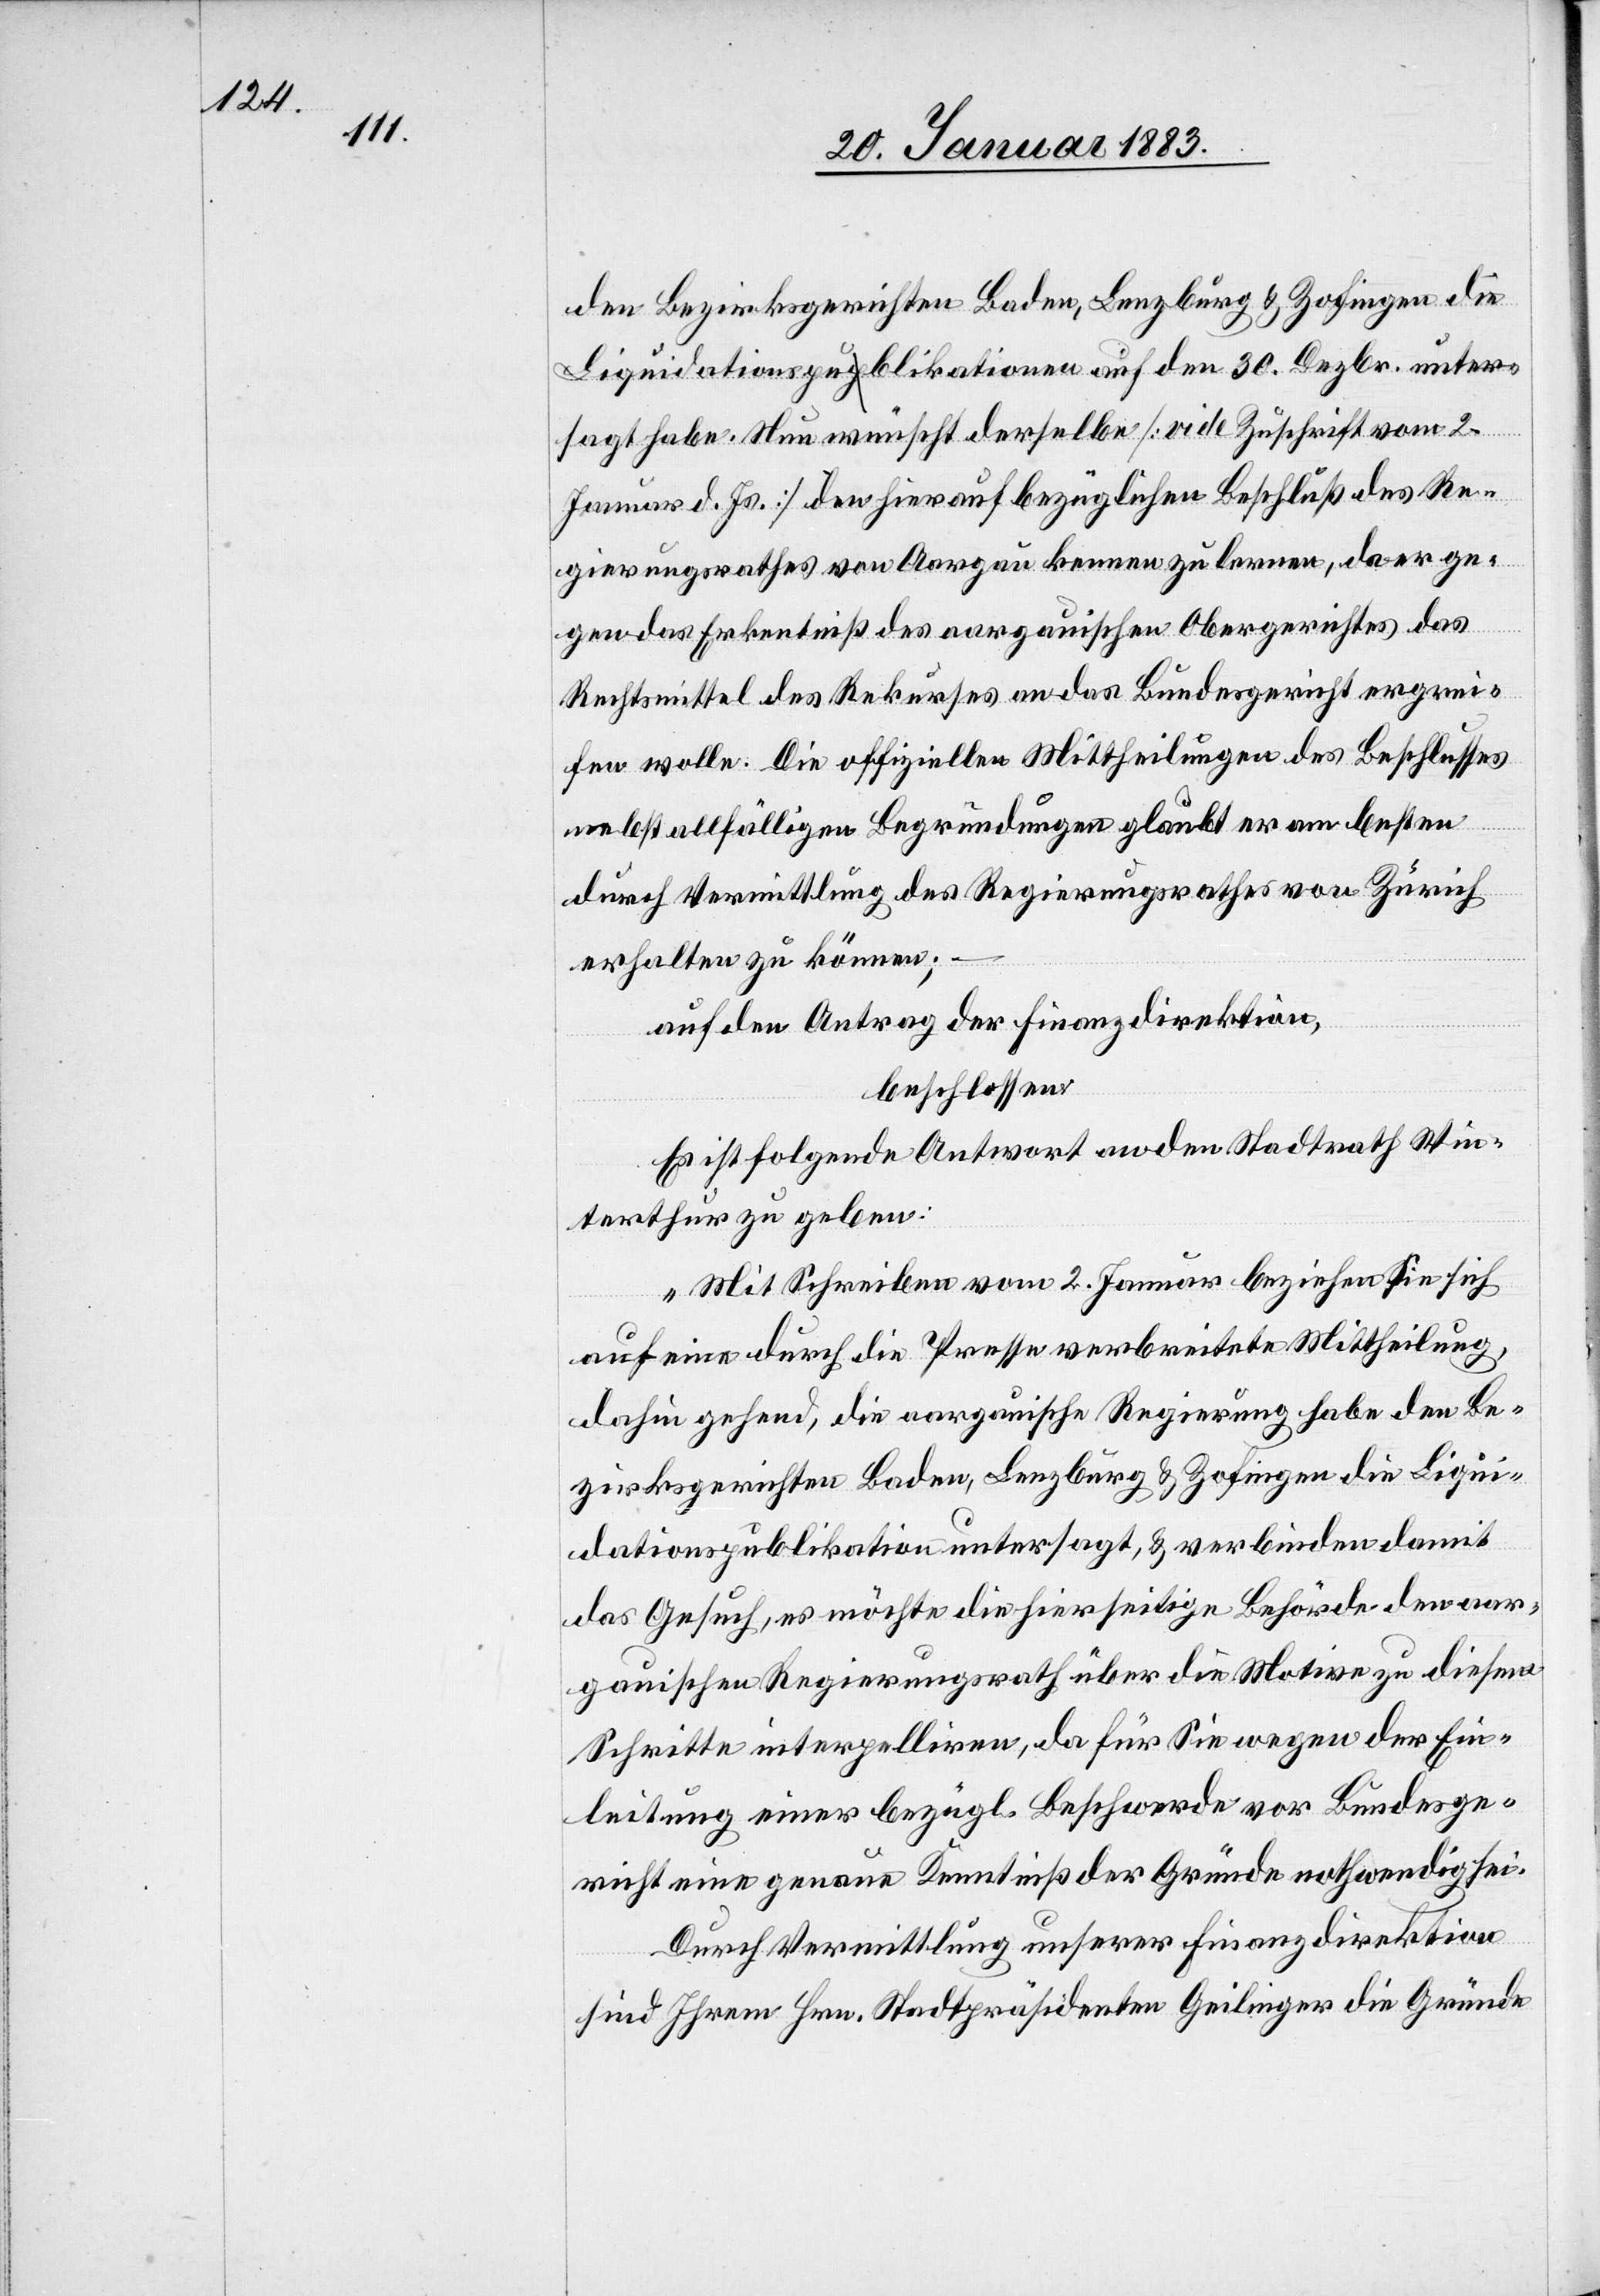
den Bezirksgerichten Baden, Lenzburg & Zofingen die
Liquidationspublikationen auf den 30. Dezbr. unter¬
sagt habe. Nun wünscht derselbe [vide Zuschrift vom 2.
Januar d. Js.] den hierauf bezüglichen Beschluß des Re¬
gierungsrathes von Aargau kennenzulernen, da er ge¬
gen das Erkentniß [sic!] des aargauischen Obergerichtes das
Rechtsmittel des Rekurses an das Bundesgericht ergrei¬
fen wolle. Die offiziellen Mittheilungen des Beschlusses
nebst allfälligen Begründungen glaubt er am besten
durch Vermittlung des Regierungsrathes von Zürich
erhalten zu können;
auf den Antrag der Finanzdirektion,
beschlossen:
Es ist folgende Antwort an den Stadtrath Win¬
terthur zu geben:
„Mit Schreiben vom 2. Januar beziehen Sie sich
auf eine durch die Presse verbreitete Mittheilung,
dahin gehend, die aargauische Regierung habe den Be¬
zirksgerichten Baden, Lenzburg & Zofingen die Liqui¬
dationspublikation untersagt, & verbinden damit
das Gesuch, es möchte die hierseitige Behörde den aar¬
gauischen Regierungsrath über die Motive zu diesem
Schritte interpelliren, da für Sie wegen der Ein¬
leitung einer bezügl. Beschwerde vor Bundesge¬
richt eine genaue Kenntniß der Gründe nothwendig sei.
Durch Vermittlung unserer Finanzdirektion
sind Ihrem Hrn. Stadtpräsidenten Geilinger die Gründe